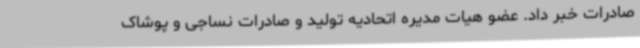
صادرات خبر داد. عضو هیات مدیره اتحادیه تولید و صادرات نساجی و پوشاک